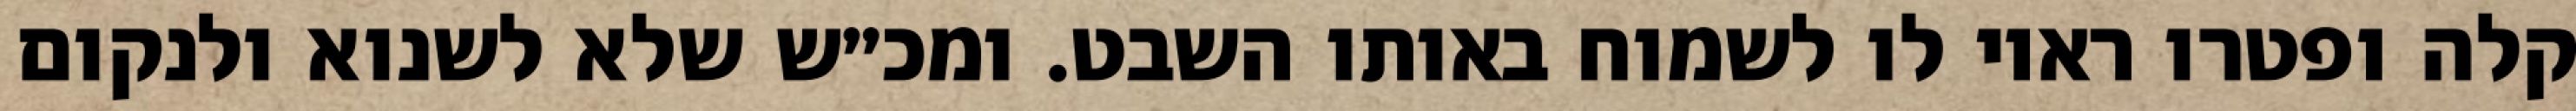
קלה ופטרו ראוי לו לשמוח באותו השבט. ומכ״ש שלא לשנוא ולנקום